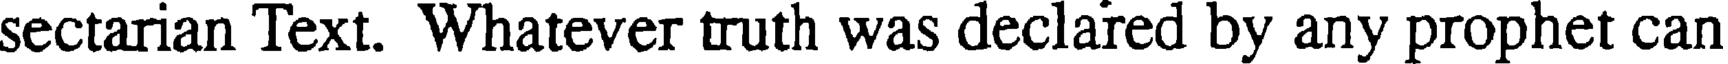
sectarian Text. Whatever truth was declared by any prophet can